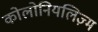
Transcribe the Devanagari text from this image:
कोलोनियलिज़्म